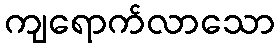
ကျရောက်လာသော